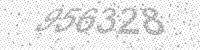
Solution: 956328